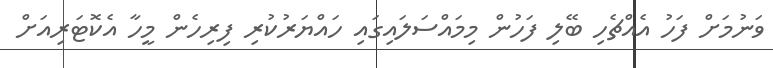
ވަނުމަށް ފަހު އެއްޗެހި ބޭލި ފަހުން މިމައްސަލައިގައި ހައްޔަރުކުރި ފިރިހެން މީހާ އެކޮޓަރިއަށް